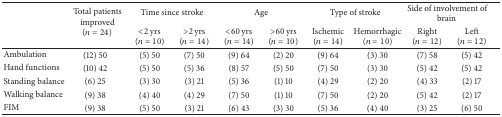
<table><thead><tr><td><b> </b></td><td rowspan="2"><b>Total patients improved (<i>n</i> = 24)</b></td><td colspan="2"><b>Time since stroke</b></td><td colspan="2"><b>Age</b></td><td colspan="2"><b>Type of stroke</b></td><td colspan="2"><b>Side of involvement of brain</b></td></tr><tr><td><b> </b></td><td><b>&lt;2 yrs (<i>n</i> = 10)</b></td><td><b>&gt;2 yrs (<i>n</i> = 14)</b></td><td><b>&lt;60 yrs (<i>n</i> = 14)</b></td><td><b>&gt;60 yrs (<i>n</i> = 10)</b></td><td><b>Ischemic (<i>n</i> = 14)</b></td><td><b>Hemorrhagic (<i>n</i> = 10)</b></td><td><b>Right (<i>n</i> = 12)</b></td><td><b>Left (<i>n</i> = 12)</b></td></tr></thead><tbody><tr><td>Ambulation</td><td>(12) 50</td><td>(5) 50</td><td>(7) 50</td><td>(9) 64</td><td>(2) 20</td><td>(9) 64</td><td>(3) 30</td><td>(7) 58</td><td>(5) 42</td></tr><tr><td>Hand functions</td><td>(10) 42</td><td>(5) 50</td><td>(5) 36</td><td>(8) 57</td><td>(5) 50</td><td>(7) 50</td><td>(3) 30</td><td>(5) 42</td><td>(5) 42</td></tr><tr><td>Standing balance</td><td>(6) 25</td><td>(3) 30</td><td>(3) 21</td><td>(5) 36</td><td>(1) 10</td><td>(4) 29</td><td>(2) 20</td><td>(4) 33</td><td>(2) 17</td></tr><tr><td>Walking balance</td><td>(9) 38</td><td>(4) 40</td><td>(4) 29</td><td>(7) 50</td><td>(1) 10</td><td>(7) 50</td><td>(2) 20</td><td>(5) 42</td><td>(2) 17</td></tr><tr><td>FIM</td><td>(9) 38</td><td>(5) 50</td><td>(3) 21</td><td>(6) 43</td><td>(3) 30</td><td>(5) 36</td><td>(4) 40</td><td>(3) 25</td><td>(6) 50</td></tr></tbody></table>